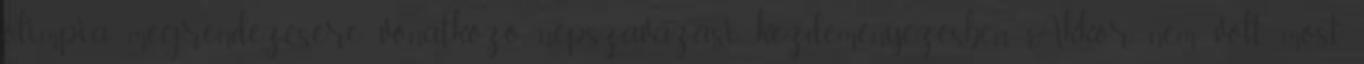
olimpia megrendezésére vonatkozó népszavazási kezdeményezésben. Akkor nem volt, most